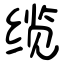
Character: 缆